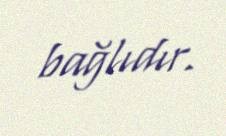
bağlıdır.